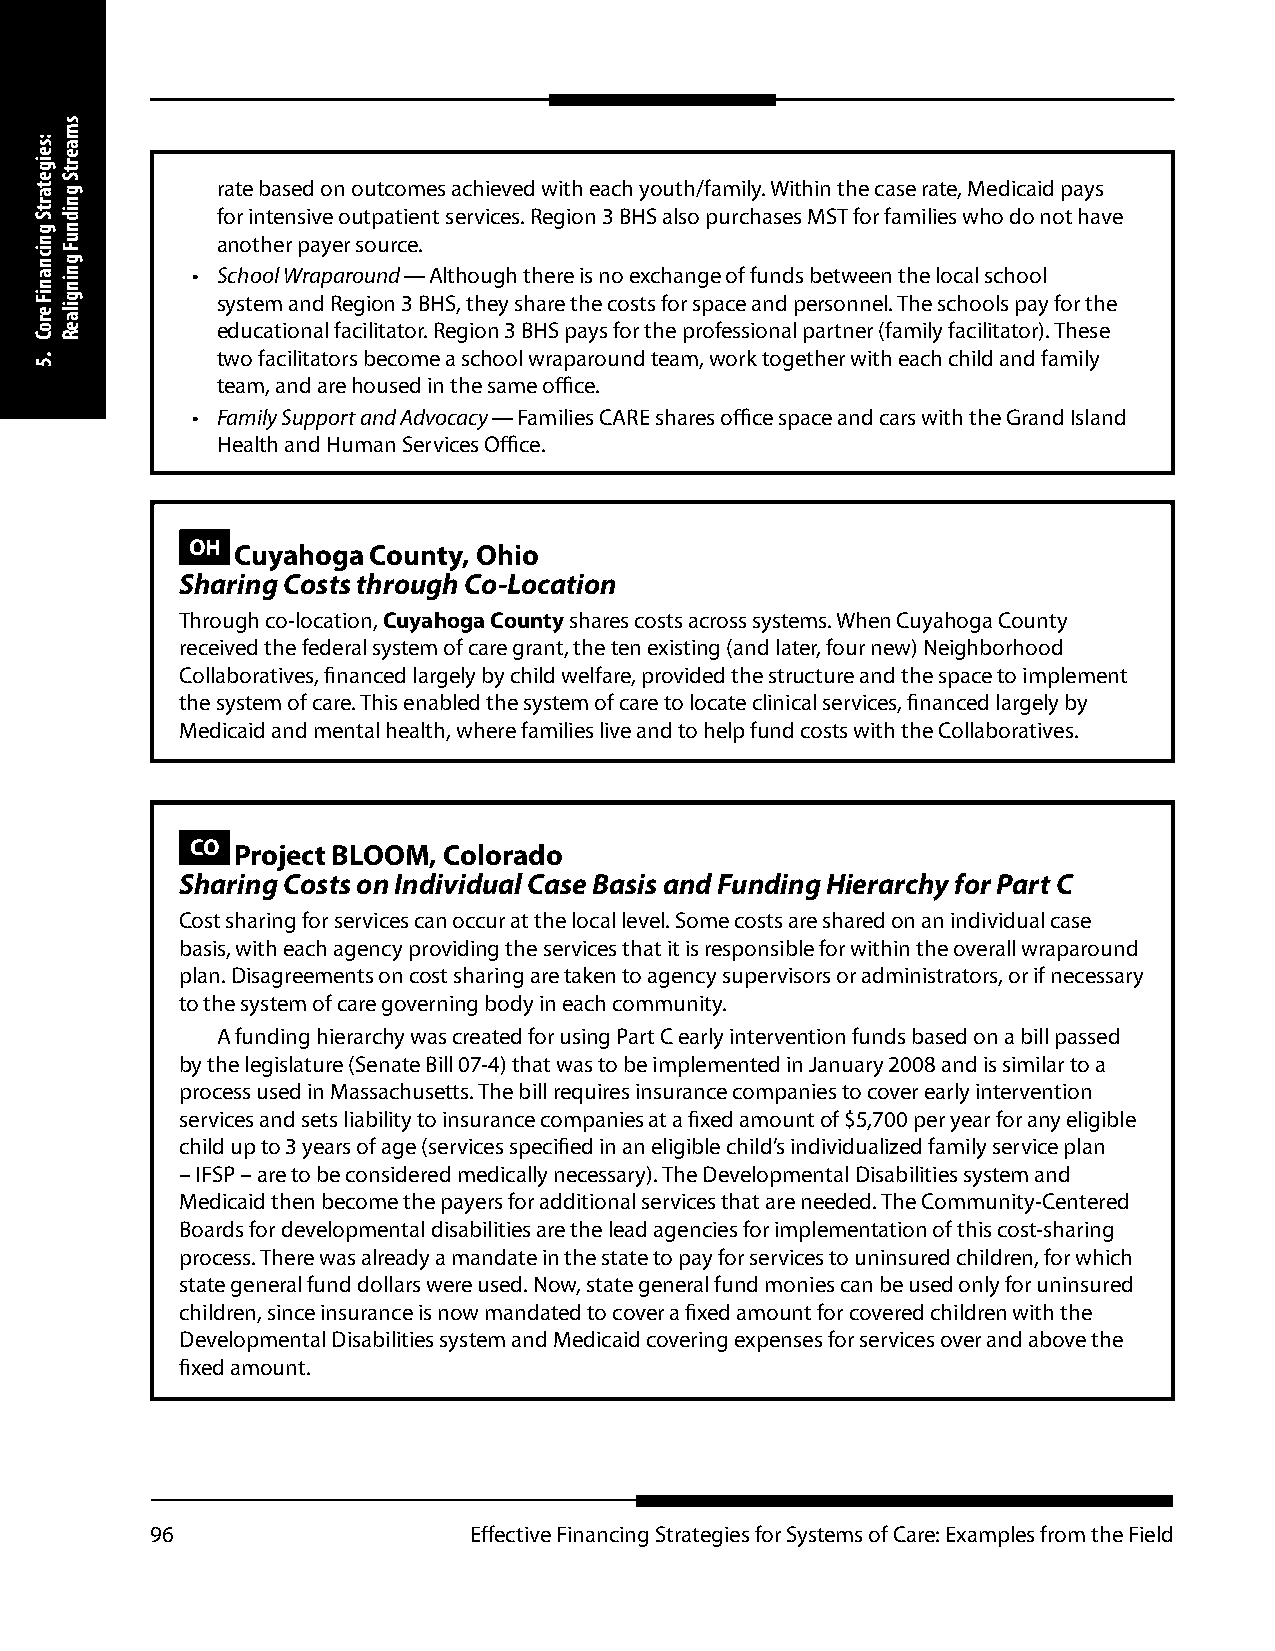
rate based on outcomes achieved with each youth/family. Within the case rate, Medicaid pays
 for intensive outpatient services. Region 3 BHS also purchases MST for families who do not have
 another payer source.
 • School Wraparound — Although there is no exchange of funds between the local school
 system and Region 3 BHS, they share the costs for space and personnel. The schools pay for the
 educational facilitator. Region 3 BHS pays for the professional partner (family facilitator). These
 two facilitators become a school wraparound team, work together with each child and family
 team, and are housed in the same office.
 • Family Support and Advocacy — Families CARE shares office space and cars with the Grand Island
 Health and Human Services Office.
 OH Cuyahoga  County, Ohio
 Sharing Costs through Co-Location
 Through co-location, Cuyahoga County shares costs across systems. When Cuyahoga County
 received the federal system of care grant, the ten existing (and later, four new) Neighborhood
 Collaboratives, financed largely by child welfare, provided the structure and the space to implement
 the system of care. This enabled the system of care to locate clinical services, financed largely by
 Medicaid and mental health, where families live and to help fund costs with the Collaboratives.
 CO Project BLOOM, Colorado
 Sharing Costs on Individual Case Basis and Funding Hierarchy for Part C
 Cost sharing for services can occur at the local level. Some costs are shared on an individual case
 basis, with each agency providing the services that it is responsible for within the overall wraparound
 plan. Disagreements on cost sharing are taken to agency supervisors or administrators, or if necessary
 to the system of care governing body in each community.
 A funding hierarchy was created for using Part C early intervention funds based on a bill passed
 by the legislature (Senate Bill 07-4) that was to be implemented in January 2008 and is similar to a
 process used in Massachusetts. The bill requires insurance companies to cover early intervention
 services and sets liability to insurance companies at a fixed amount of $5,700 per year for any eligible
 child up to 3 years of age (services specified in an eligible child’s individualized family service plan
 – IFSP – are to be considered medically necessary). The Developmental Disabilities system and
 Medicaid then become the payers for additional services that are needed. The Community-Centered
 Boards for developmental disabilities are the lead agencies for implementation of this cost-sharing
 process. There was already a mandate in the state to pay for services to uninsured children, for which
 state general fund dollars were used. Now, state general fund monies can be used only for uninsured
 children, since insurance is now mandated to cover a fixed amount for covered children with the
 Developmental Disabilities system and Medicaid covering expenses for services over and above the
 fixed amount.
 96                   Effective Financing Strategies for Systems of Care: Examples from the Field
 :seigetartS
 gnicnaniF
 eroC
 .5
 smaertS
 gnidnuF
 gningilaeR